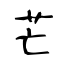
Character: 芒